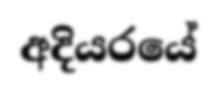
අදියරයේ